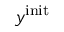
y ^ { \mathrm { i n i t } }